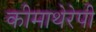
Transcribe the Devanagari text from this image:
कीमाथेरेपी